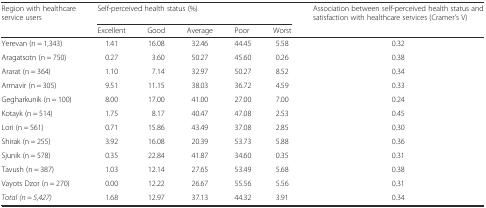
<table><thead><tr><td><b>Region with healthcare service users</b></td><td colspan="5"><b>Self-perceived health status (%)</b></td><td><b>Association between self-perceived health status and satisfaction with healthcare services (Cramer&#x27;s V)</b></td></tr><tr><td></td><td><b>Excellent</b></td><td><b>Good</b></td><td><b>Average</b></td><td><b>Poor</b></td><td><b>Worst</b></td><td></td></tr></thead><tbody><tr><td>Yerevan (n = 1,343)</td><td>1.41</td><td>16.08</td><td>32.46</td><td>44.45</td><td>5.58</td><td>0.32</td></tr><tr><td>Aragatsotn (n = 750)</td><td>0.27</td><td>3.60</td><td>50.27</td><td>45.60</td><td>0.26</td><td>0.38</td></tr><tr><td>Ararat (n = 364)</td><td>1.10</td><td>7.14</td><td>32.97</td><td>50.27</td><td>8.52</td><td>0.34</td></tr><tr><td>Armavir (n = 305)</td><td>9.51</td><td>11.15</td><td>38.03</td><td>36.72</td><td>4.59</td><td>0.33</td></tr><tr><td>Gegharkunik (n = 100)</td><td>8.00</td><td>17.00</td><td>41.00</td><td>27.00</td><td>7.00</td><td>0.24</td></tr><tr><td>Kotayk (n = 514)</td><td>1.75</td><td>8.17</td><td>40.47</td><td>47.08</td><td>2.53</td><td>0.45</td></tr><tr><td>Lori (n = 561)</td><td>0.71</td><td>15.86</td><td>43.49</td><td>37.08</td><td>2.85</td><td>0.30</td></tr><tr><td>Shirak (n = 255)</td><td>3.92</td><td>16.08</td><td>20.39</td><td>53.73</td><td>5.88</td><td>0.36</td></tr><tr><td>Sjunik (n = 578)</td><td>0.35</td><td>22.84</td><td>41.87</td><td>34.60</td><td>0.35</td><td>0.31</td></tr><tr><td>Tavush (n = 387)</td><td>1.03</td><td>12.14</td><td>27.65</td><td>53.49</td><td>5.68</td><td>0.38</td></tr><tr><td>Vayots Dzor (n = 270)</td><td>0.00</td><td>12.22</td><td>26.67</td><td>55.56</td><td>5.56</td><td>0.31</td></tr><tr><td><i>Total (n = 5,427)</i></td><td>1.68</td><td>12.97</td><td>37.13</td><td>44.32</td><td>3.91</td><td>0.34</td></tr></tbody></table>